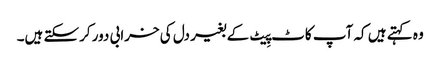
وہ کہتے ہیں کہ آپ کاٹ پِیٹ کے بغیر دل کی خرابی دور کرسکتے ہیں۔